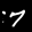
Label: 7